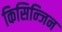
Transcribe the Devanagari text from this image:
किसिन्जिन